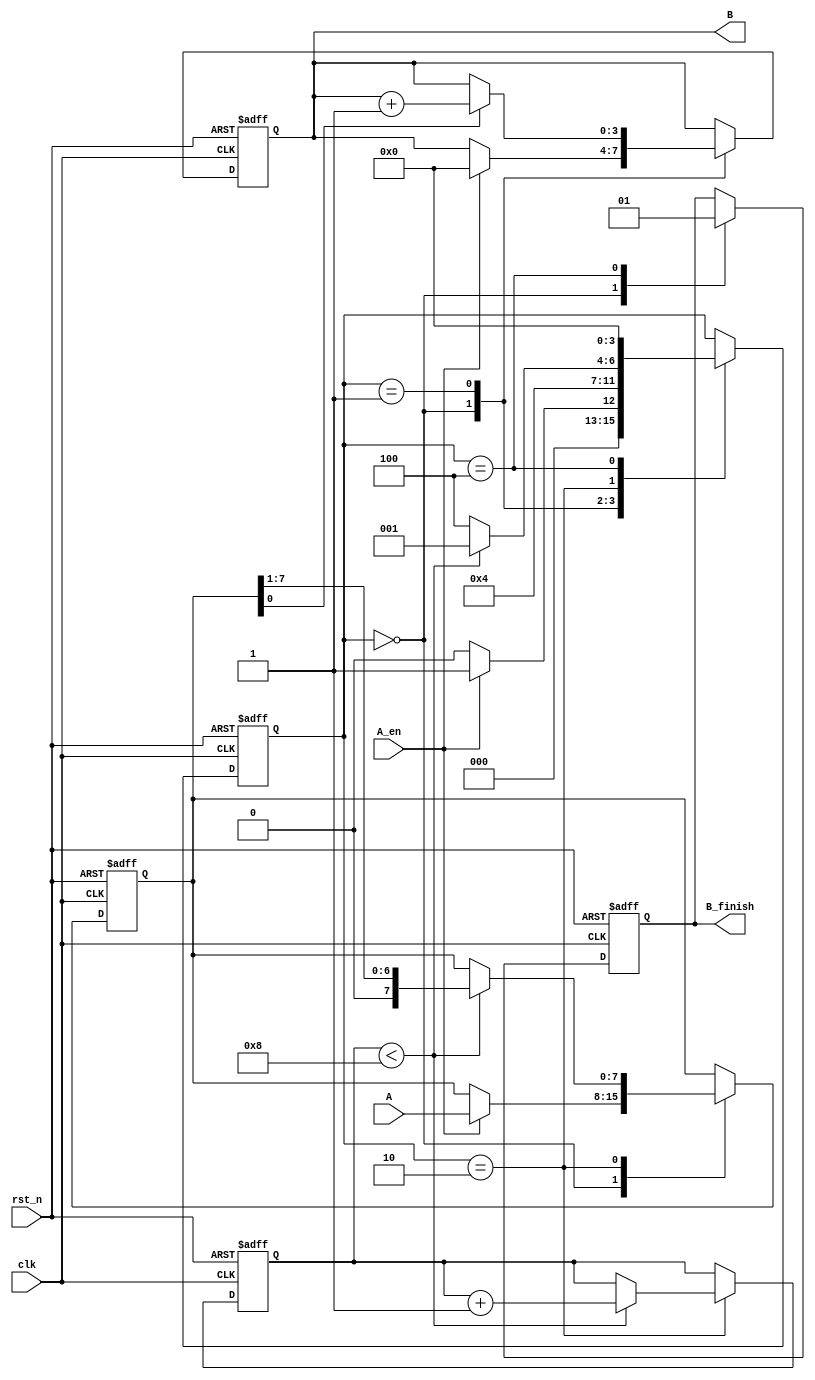
/* 
**** A1
**** 
----------------------
	B = 0;
	while A  0 do 
		if a0 = 1 then
			B = B + 1;
		end if;
		Right-shift A;
	end while 
----------------------------------
*A8 B
* [N-1 : 0] A
* [K-1 : 0] B
* K = log2 N
*/
module bitcount
#(	
	parameter N = 8,
	parameter K = 4
)
(
	
	input clk,
	input rst_n,
	input  [N-1:0] A,
	input A_en,
	
	output reg [K-1:0] B,
	output reg B_finish

);

parameter s0 = 4'd0;
parameter s1 = 4'd1;
parameter s2 = 4'd2;
parameter s3 = 4'd3;
parameter s4 = 4'd4;
parameter s5 = 4'd5;
parameter s6 = 4'd6;
parameter s7 = 4'd7;
parameter s8 = 4'd8;

reg [3:0]state;
reg [N-1:0] A_r;
reg [K-1:0] cnt;

always @(posedge clk or negedge rst_n) begin
	if(!rst_n) begin
		state <= s0;
		B <= 0;
		cnt <= 0;
		B_finish<=0;
		A_r <= 0;
	end 
	else  begin 
		case(state) 
			s0: begin
					B_finish <= 0;
					if(A_en == 1) begin
						B <= 0;
						A_r <= A;
						state <= s1;
					end 
					else begin
						state <= s0;	
					end 
			end 
			s1: begin
					if(A_r[0] == 1)
						B <= B + 1;
					else 
						B <= B ;
						
					state <= s2;
			end 
			s2: begin 
					if(cnt < N) begin
						A_r[N-1:0] <= {1'b0, A_r[N-1 :1]};
						cnt <= cnt+1;
						state <= s1;
					end 
					else  begin
						state <= s4;
					end 
			end 
			s4: begin
					B_finish <= 1;
					state <= s0;
			
			end 
		endcase
	end 
end 


 
endmodule